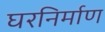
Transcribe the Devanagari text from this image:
घरनिर्माण